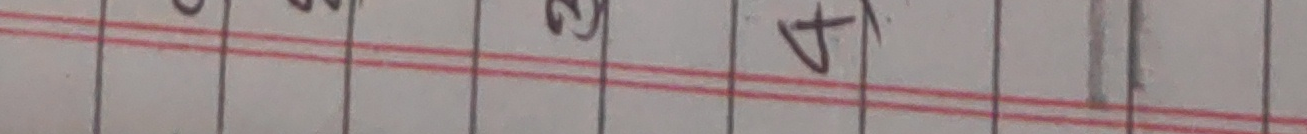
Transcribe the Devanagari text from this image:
७८९१०११२३४५